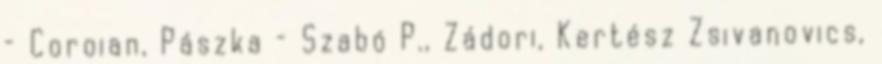
– Coroian, Pászka – Szabó P., Zádori, Kertész Zsivanovics,